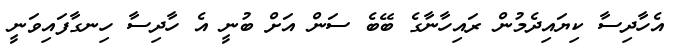
އެހާދިސާ ކިޔައިދެމުން ރައިހާނާގެ ބޭބެ ސަން އަށް ބުނީ އެ ހާދިސާ ހިނގާފައިވަނީ